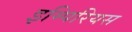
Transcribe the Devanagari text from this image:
इम्पिरियस